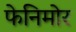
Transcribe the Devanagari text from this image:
फेनिमोर